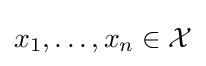
x_{1},\dots ,x_{n}\in {\mathcal {X}}